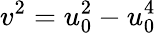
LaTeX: v^{2}=u_{0}^{2}-u_{0}^{4}